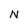
Character: N